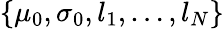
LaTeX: \{ \mu_{0},\sigma_{0},l_{1},\dots,l_{N}\}